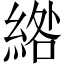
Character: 綹